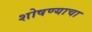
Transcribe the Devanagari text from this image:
शोषण्याचा